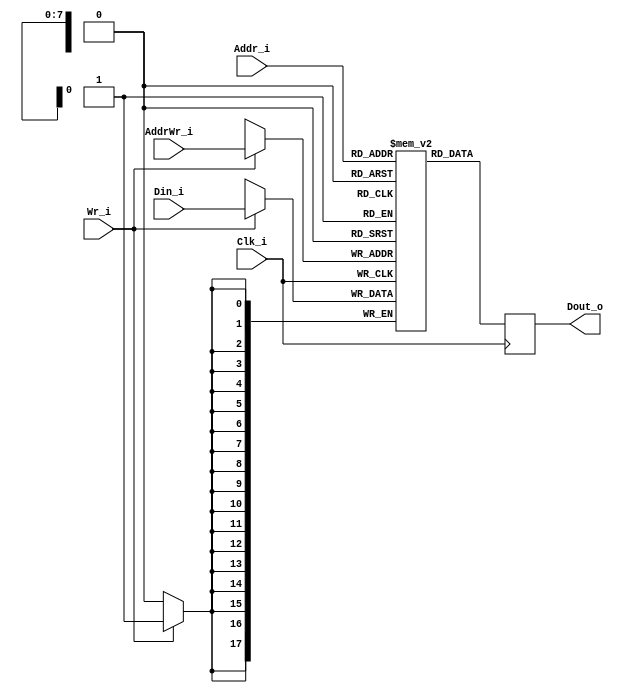
module dataBank # (
	parameter addrWidth = 8,
	parameter dataWidth = 18
)
(
	input Clk_i,
	input [addrWidth - 1:0] AddrWr_i,
	input Wr_i,
	input [dataWidth - 1:0] Din_i,	
	
	input [addrWidth - 1:0] Addr_i,
	output [dataWidth - 1:0] Dout_o
);

	reg [dataWidth - 1:0] dataOutReg;
	reg [dataWidth - 1:0] memArray[(2**addrWidth)-1:0];
	//pragma attribute memArray block_ram true

	always @ (posedge Clk_i)
	begin
		if (Wr_i)
			memArray[AddrWr_i] = Din_i;
	end
	
	always @ (posedge Clk_i)
		dataOutReg[dataWidth - 1: 0] <= memArray[Addr_i];
	
	assign Dout_o = dataOutReg;

endmodule